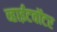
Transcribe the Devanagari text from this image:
व्हाईटवॉटर